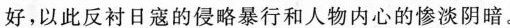
好，以此反衬日寇的侵略暴行和人物内心的惨淡阴暗。